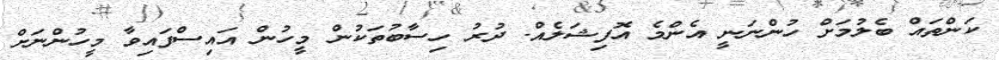
ކަންތައް ބެލުމަށް ހުންނަނީ އެންމެ އޮފިޝަލެއް. ދުރު ހިސާބުތަކުން މީހުން އައިސްފައިވާ މީހުންނަށް